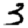
Digit: 3